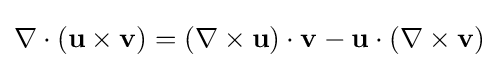
\nabla \cdot (\mathbf {u} \times \mathbf {v} )=(\nabla \times \mathbf {u} )\cdot \mathbf {v} -\mathbf {u} \cdot (\nabla \times \mathbf {v} )